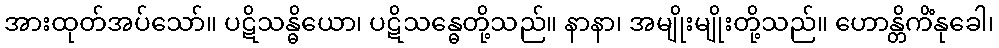
အားထုတ်အပ်သော်။ ပဋိသန္ဓိယော၊ ပဋိသန္ဓေတို့သည်။ နာနာ၊ အမျိုးမျိုးတို့သည်။ ဟောန္တိကိံနုခေါ၊